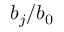
b _ { j } / b _ { 0 }